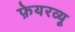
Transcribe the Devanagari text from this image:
फ़ेयरव्यू